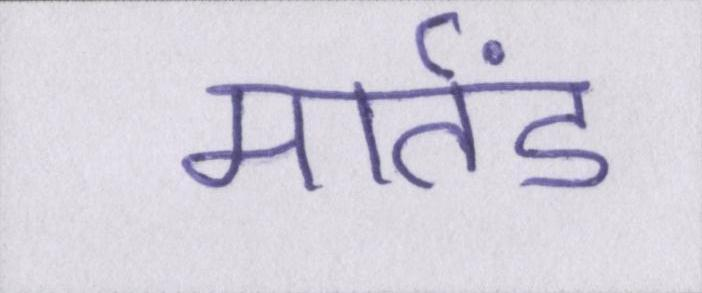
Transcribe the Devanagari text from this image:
मार्तंड